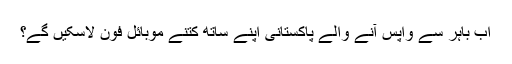
اب باہر سے واپس آنے والے پاکستانی اپنے ساتھ کتنے موبائل فون لاسکیں گے؟